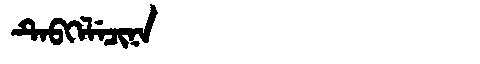
Manchu: ᡨᡝᠪᡴᡝᠯᡝᠴᡳᠨᠠ
Romanization: TEBKELECINA